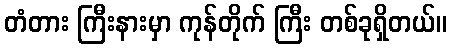
တံတား ကြီးနားမှာ ကုန်တိုက် ကြီး တစ်ခုရှိတယ်။